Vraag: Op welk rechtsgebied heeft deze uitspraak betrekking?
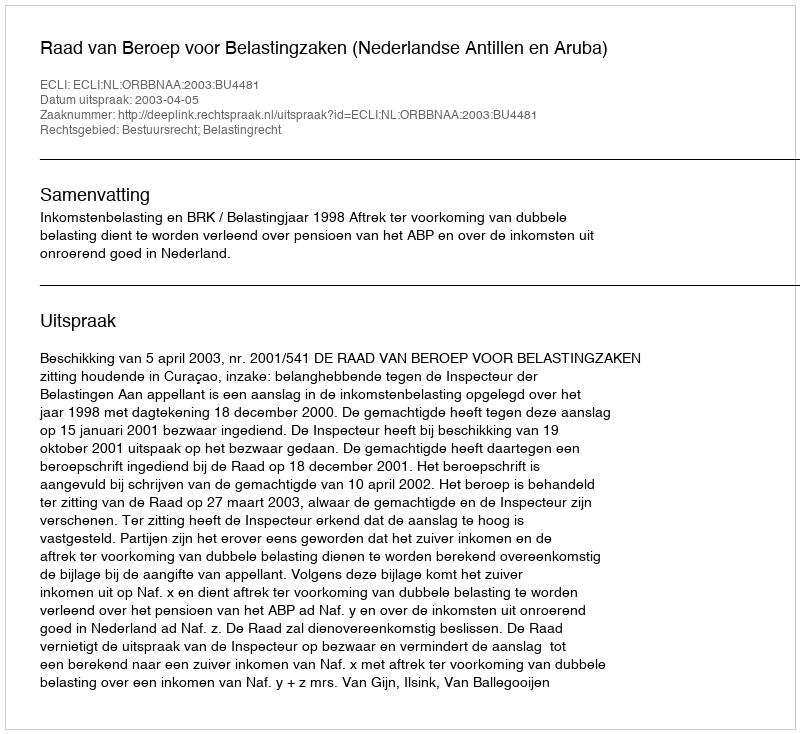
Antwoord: Bestuursrecht; Belastingrecht